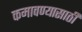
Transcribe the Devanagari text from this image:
कमावण्यासाठी